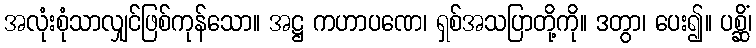
အလုံးစုံသာလျှင်ဖြစ်ကုန်သော။ အဋ္ဌ ကဟာပဏေ၊ ရှစ်အသပြာတို့ကို။ ဒတွာ၊ ပေး၍။ ပစ္ဆိံ၊